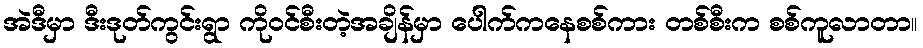
အဲဒီမှာ ဒီးဒုတ်ကွင်းရွာ ကိုဝင်စီးတဲ့အချိန်မှာ ပေါက်ကနေစစ်ကား တစ်စီးက စစ်ကူလာတာ။